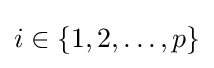
i\in \{1,2,\ldots ,p\}